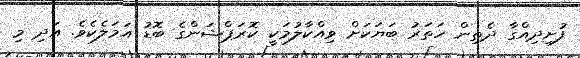
ފުށިދިއްގާ ދެތިން ހަތަރު ބަޔަކަށް ވިއްކާލުމަކީ ކޮރަޕްޝަންގެ ބޮޑު އަމަލެކެވެ. އަދި މި